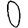
Digit: 0